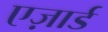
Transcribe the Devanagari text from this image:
एज़ार्ड